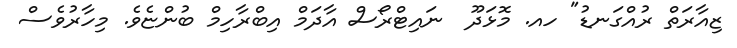
ޒިއާރަތް ރުއްގަނޑު" ހއ. މޮޅަދޫ  ނައިޓްރޯސް އާދަމް އިބްރާހިމް ބުންޏެވެ. މިހާރުވެސް